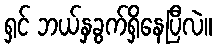
ရှင် ဘယ်နှခွက်ရှိနေပြီလဲ။